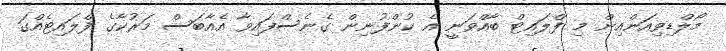
މޯލްޑިވިއަންއިން މި ފްލައިޓް ބާއްވަނީ އެ ކުންފުނިން ގެނެސްފައިވާ އެއާބަސް މަރުކާގެ ފްލައިޓެއްގަ